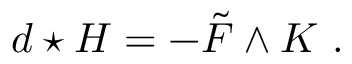
d \star H = - \tilde { F } \wedge K \ .